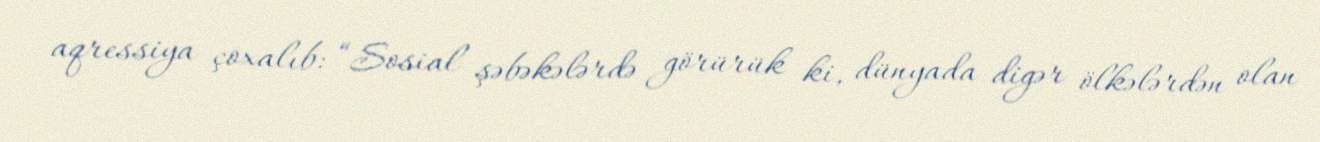
aqressiya çoxalıb: “Sosial şəbəkələrdə görürük ki, dünyada digər ölkələrdən olan